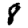
Digit: 8